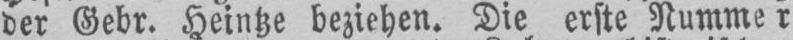
der Gebr. Heintze beziehen. Die erste Nummer